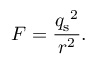
F = { \frac { { q _ { \mathrm { s } } } ^ { 2 } } { r ^ { 2 } } } .